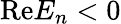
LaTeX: \mathrm{Re}E_{n}<0